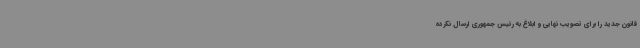
قانون جدید را برای تصویب نهایی و ابلاغ به رئیس جمهوری ارسال نکرده